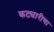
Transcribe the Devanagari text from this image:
कट्यारीचा